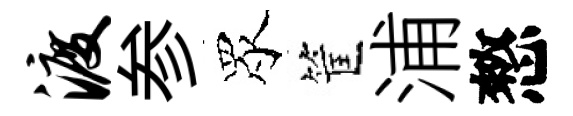
渡参眾筐浦憗